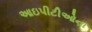
આઇપીટીઓના